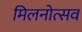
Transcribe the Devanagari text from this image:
मिलनोत्सव